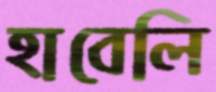
হাবেলি